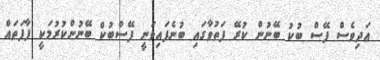
ޢަދިވެސް ފޭސް ބުކު ބޭނުން ކުރޭ ފަތުވާގައި ބުނެފައިވަނީ ފޭސްބުކް ބޭނުންކުރުމަކީ ފާފަތައް